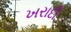
ખરાદી